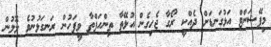
މިޕޭޝަންޓް އަޅުގަނޑަށް ދެއްކީ ރޯގާ ޖެހިގެން އުޅޭތާ ތިންހަފްތާ ވީފަހުން ރަނގަޅުނުވެ ލޮލުން